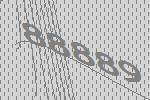
88889